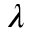
\lambda